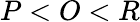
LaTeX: P<O<R